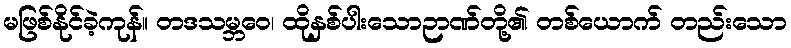
မဖြစ်နိုင်ခဲ့ကုန်။ တဒသမ္ဘဝေ၊ ထိုနှစ်ပါးသောဉာဏ်တို့၏ တစ်ယောက် တည်းသော